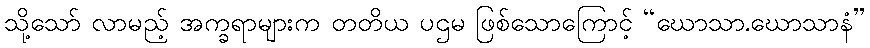
သို့သော် လာမည့် အက္ခရာများက တတိယ ပဌမ ဖြစ်သောကြောင့် “ဃောသာ.ဃောသာနံ”